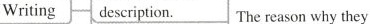
Writing description. The reason why they